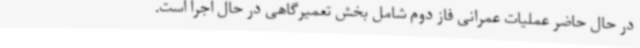
در حال حاضر عملیات عمرانی فاز دوم شامل بخش تعمیرگاهی در حال اجرا است.